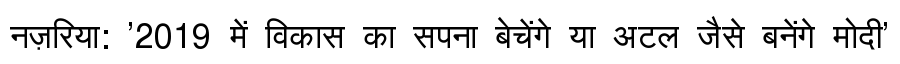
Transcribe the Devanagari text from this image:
नज़रिया: '2019 में विकास का सपना बेचेंगे या अटल जैसे बनेंगे मोदी'